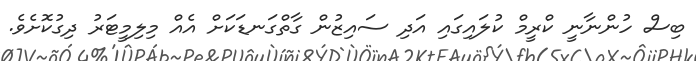
ބިސް ހުންނާނީ ކްރީމް ކުލައިގައި އަދި ސައިޒުން ގާތްގަނޑަކަށް އެއް މިލިމީޓަރު ދިގުކޮށެވެ.